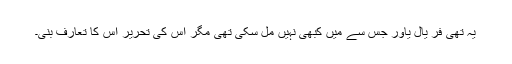
یہ تھی فر یال یاور جس سے میں کبھی نہیں مل سکی تھی مگر اس کی تحریر اس کا تعارف بنی۔